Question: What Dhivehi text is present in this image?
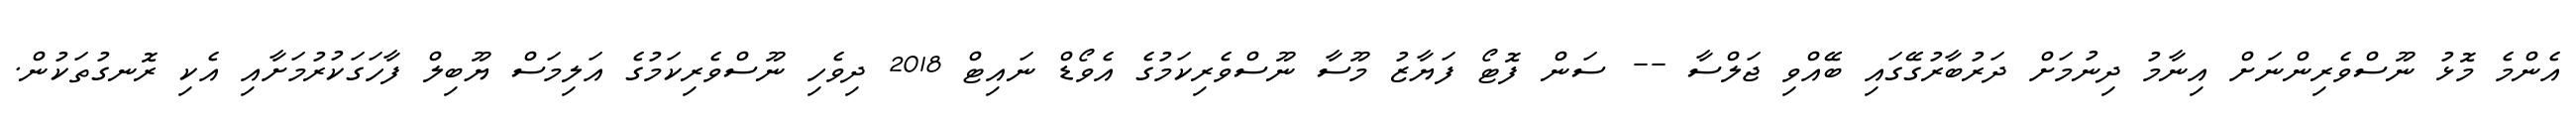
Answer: އެންމެ މޮޅު ނޫސްވެރިންނަށް އިނާމު ދިނުމަށް ދަރުބާރުގޭގައި ބޭއްވި ޖަލްސާ -- ސަން ފޮޓޯ ފަޔާޒު މޫސާ ނޫސްވެރިކަމުގެ އެވޯޑް ނައިޓް 2018 ދިވެހި ނޫސްވެރިކަމުގެ އަލިމަސް ޔޫބިލް ފާހަގަކުރުމަށާއި އެކި ރޮނގުތަކުން.